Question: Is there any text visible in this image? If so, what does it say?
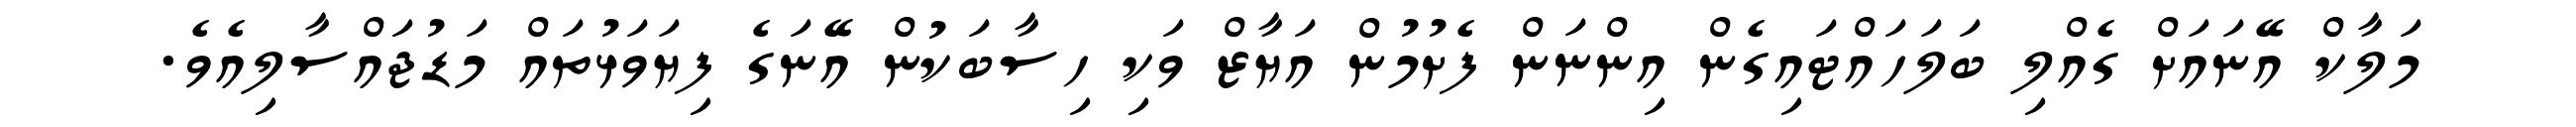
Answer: މަލާކް އޭނައަށް ގެއްލި ބަލަހައްޓައިގެން އިންނަން ފެށުމުން އަޔާޒް ވަކި ހިސާބަކުން އޭނަގެ ފިޔަވަޅުތައް މަޑުޖައްސާލިއެވެ.